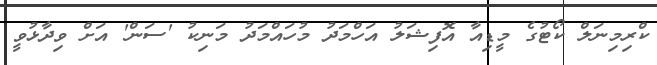
ކްރިމިނަލް ކޯޓުގެ މީޑިއާ އޮފިޝަލު އަހްމަދު މުހައްމަދު މަނިކު 'ސަން' އަށް ވިދާޅުވީ